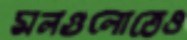
মলগুলোতেও